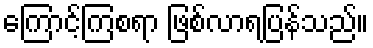
ကြောင့်ကြစရာ ဖြစ်လာရပြန်သည်။